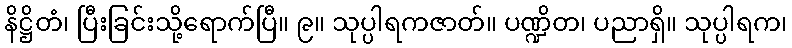
နိဋ္ဌိတံ၊ ပြီးခြင်းသို့ရောက်ပြီ။ ၉။ သုပ္ပါရကဇာတ်။ ပဏ္ဍိတ၊ ပညာရှိ။ သုပ္ပါရက၊